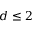
d \leq 2